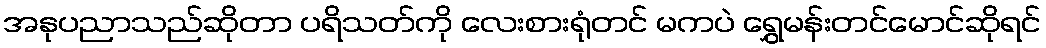
အနုပညာသည်ဆိုတာ ပရိသတ်ကို လေးစားရုံတင် မကပဲ ရွှေမန်းတင်မောင်ဆိုရင်